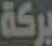
بركة